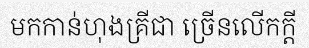
មកកាន់ហុងគ្រីជា ច្រើនលើកក្តី